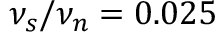
\nu _ { s } / \nu _ { n } = 0 . 0 2 5